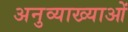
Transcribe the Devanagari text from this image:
अनुव्याख्याओं